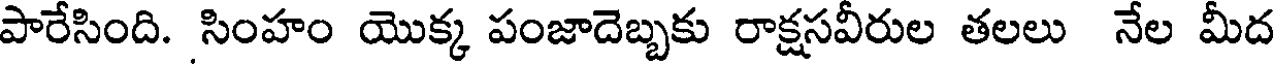
పారేసింది. సింహం యొక్క పంజాదెబ్బకు రాక్షసవీరుల తలలు నేల మీద